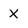
Character: x